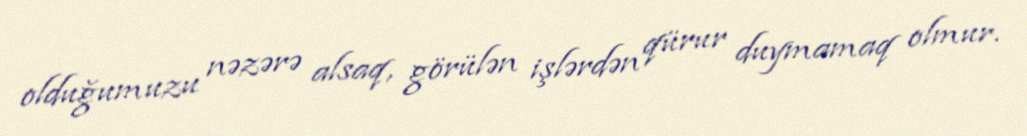
olduğumuzu nəzərə alsaq, görülən işlərdən qürur duymamaq olmur.